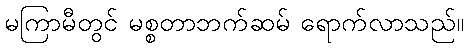
မကြာမီတွင် မစ္စတာဘက်ဆမ် ရောက်လာသည်။